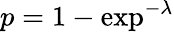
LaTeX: p=1-\exp^{-\lambda}